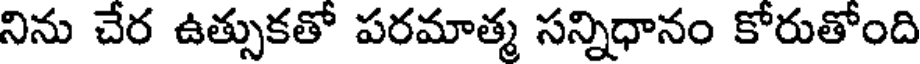
నిను చేర ఉత్సుకతో పరమాత్మ సన్నిధానం కోరుతోంది